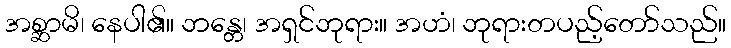
အစ္ဆာမိ၊ နေပါ၏။ ဘန္တေ၊ အရှင်ဘုရား။ အဟံ၊ ဘုရားတပည့်တော်သည်။